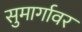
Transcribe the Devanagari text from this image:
सुमार्गावर